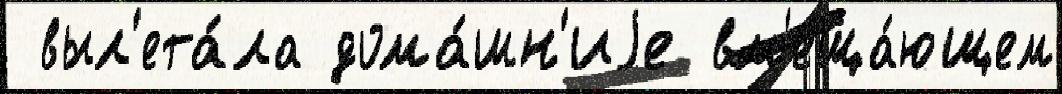
 выл'ета́ла дома́шн'иjе вм'еща́ющем